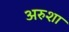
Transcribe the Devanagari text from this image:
अरुशा